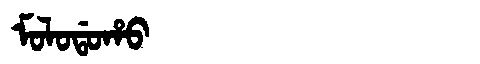
Manchu: ᠮᠣᠯᠣᡩᠣᡥᠣ
Romanization: MOLODOHO